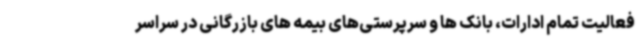
فعالیت تمام ادارات، بانک ها و سرپرستی‌های بیمه های بازرگانی در سراسر